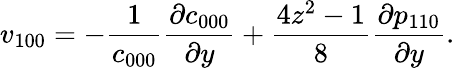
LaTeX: v_{100}=-\frac{1}{c_{000}}\frac{\partial c_{000}}{\partial y}+\frac{4z^{2}-1}{8}\frac{\partial p_{110}}{\partial y}.